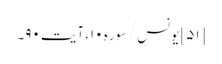
[۵۱] یونس/سوره۱۰، آیت ۹۰۔